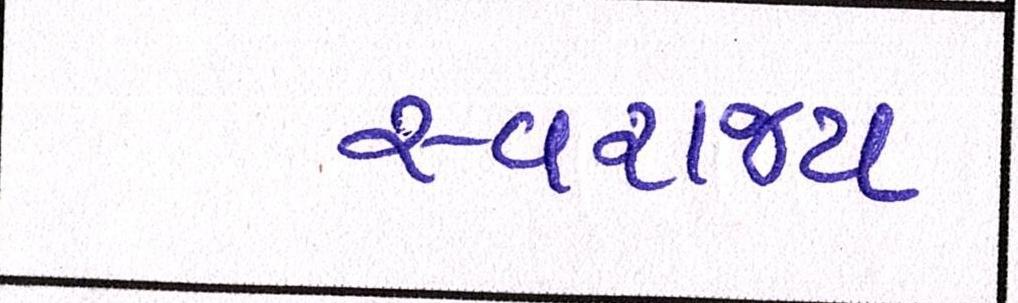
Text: સ્વરાજ્ય